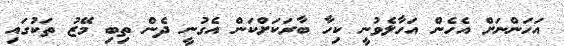
އަހަންނަށް އެހެން އަހާލެވުނީ ކިހާ ބާރަކަށްކަން އެގުނީ ދެން ތިބި މޭޒު ތަކުގައި